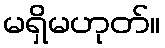
မရှိမဟုတ်။